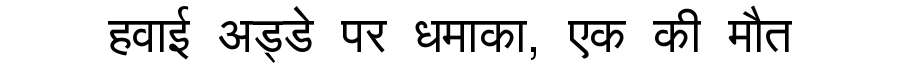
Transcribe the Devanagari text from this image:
हवाई अड्डे पर धमाका, एक की मौत